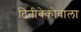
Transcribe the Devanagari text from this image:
टिनीबेकोवाला